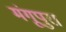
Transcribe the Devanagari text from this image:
मंगूपुरा